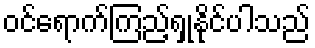
ဝင်ရောက်ကြည့်ရှုနိုင်ပါသည်